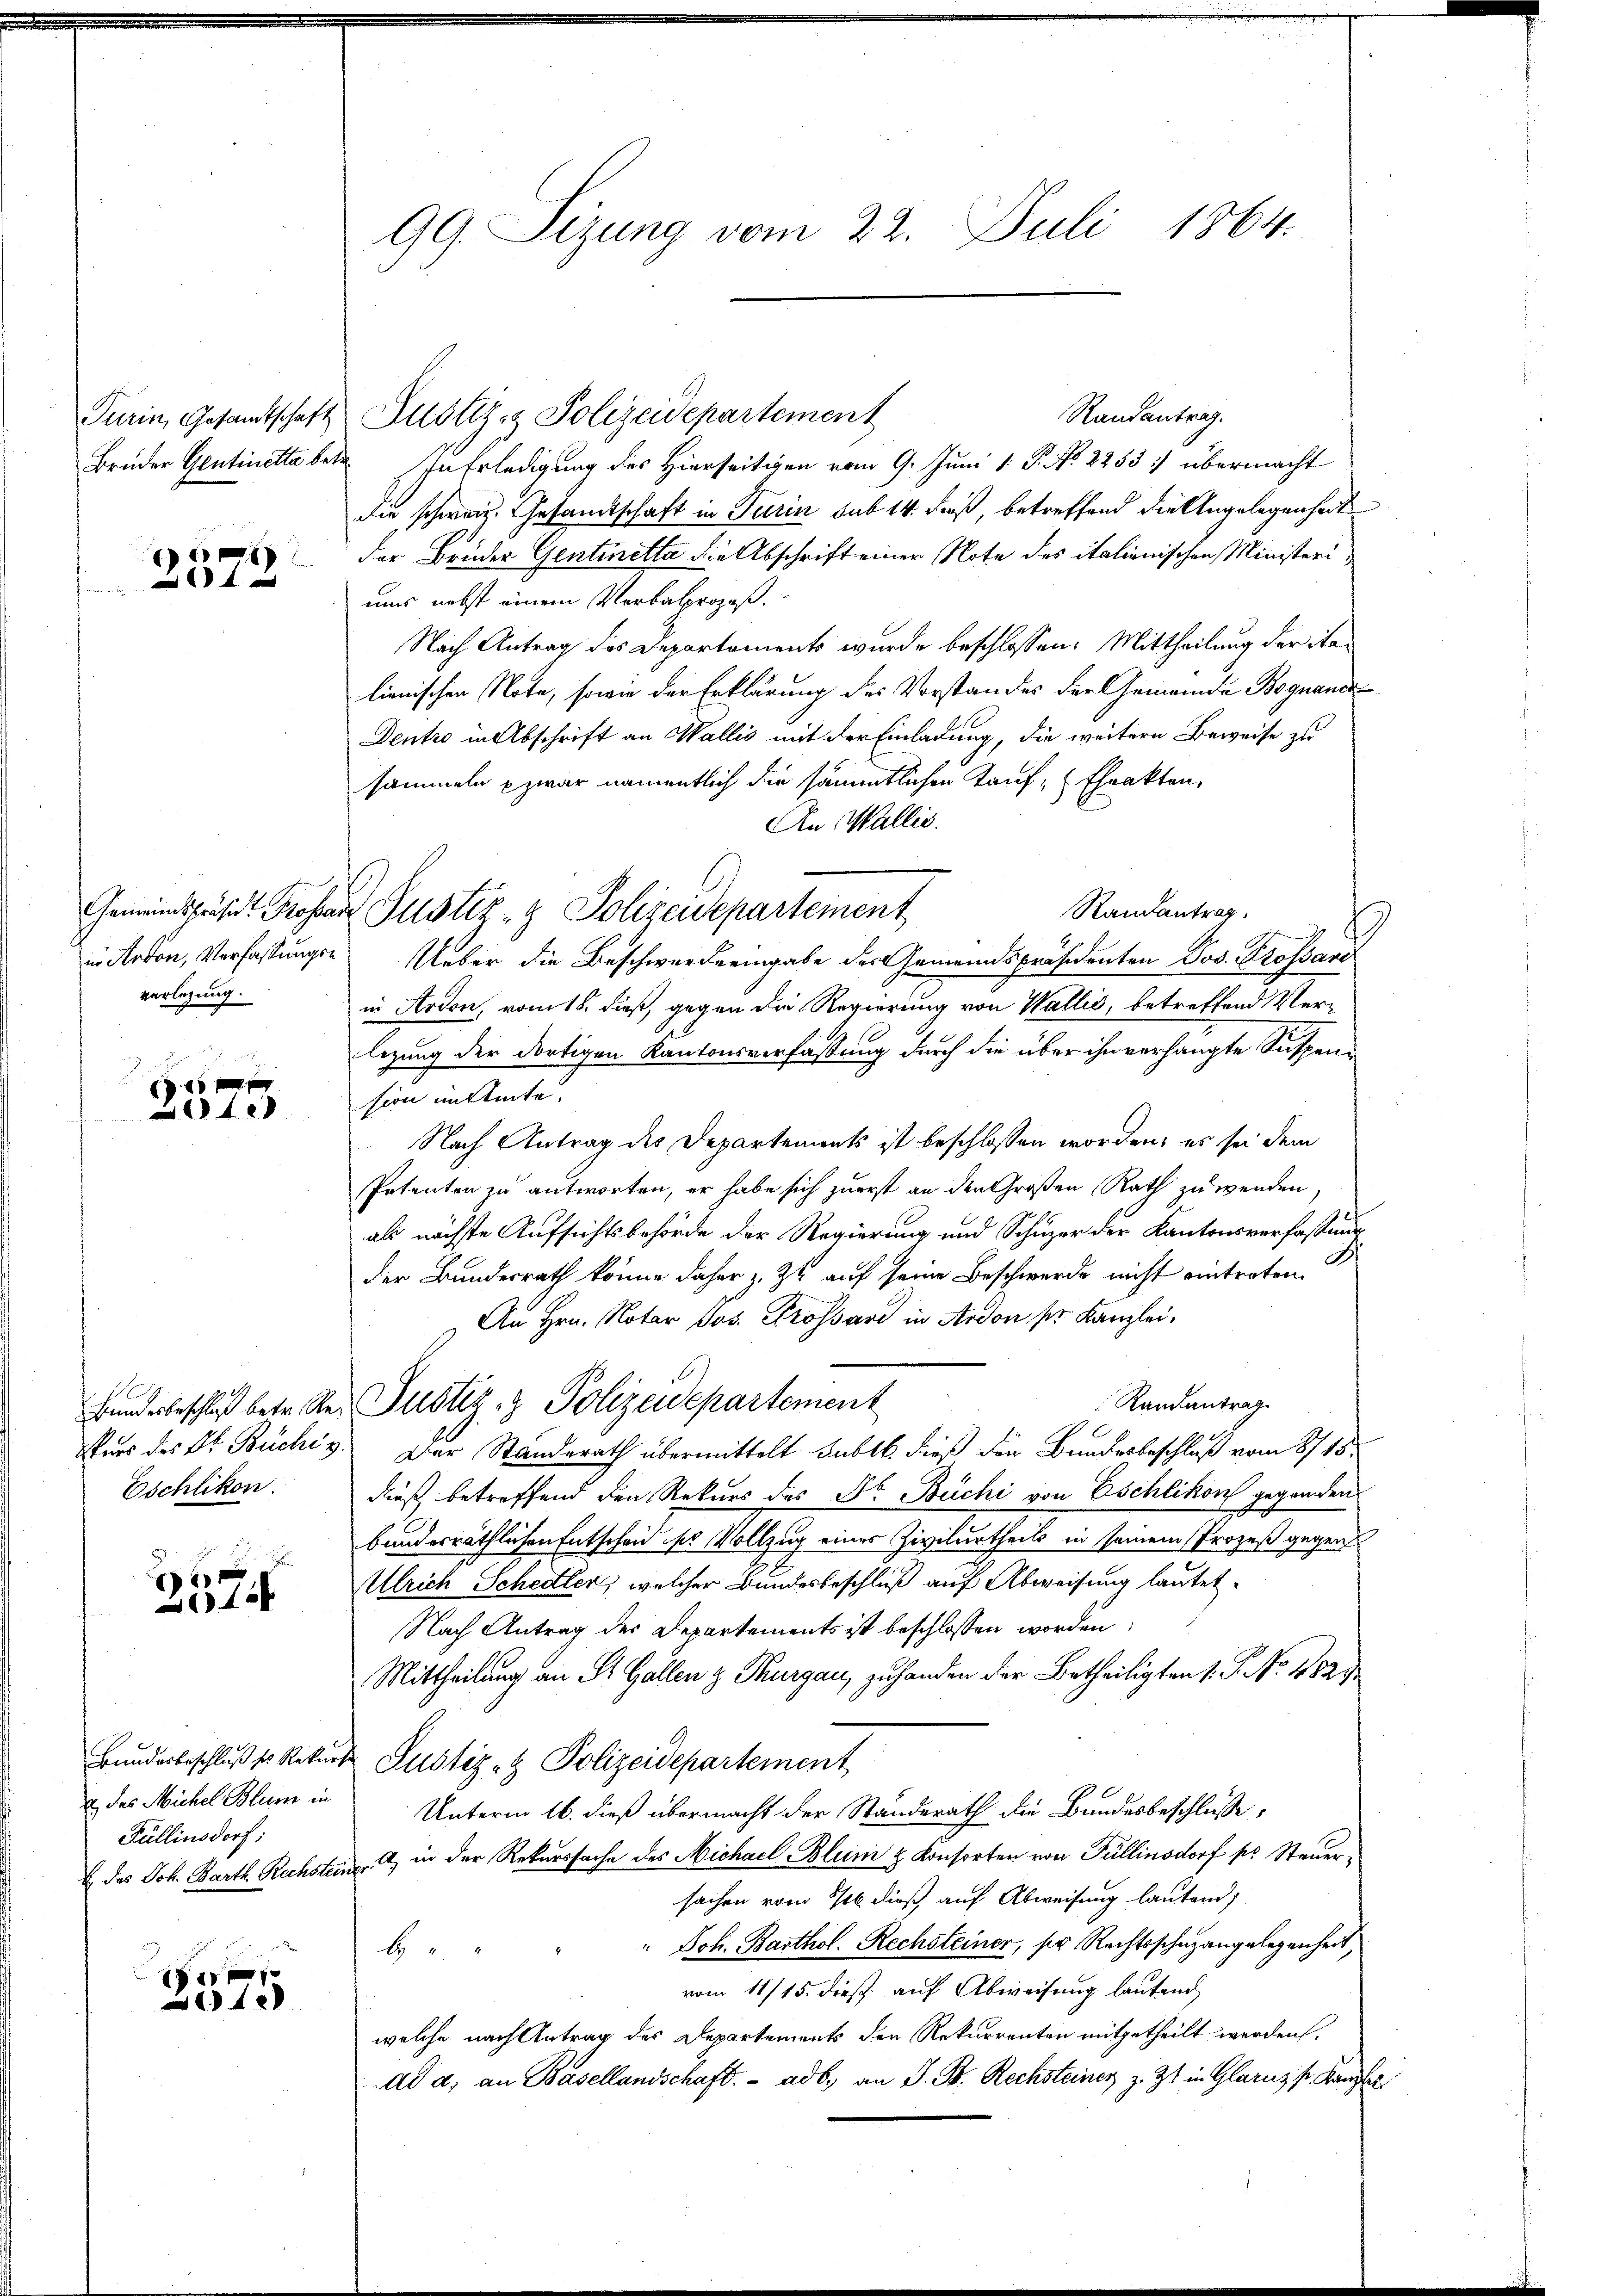
Turin, Gesamtschaft

x

Gemeindspräsid. Prosa.
in Arbon, Verfassungsverlegung.

x
140

Bundesbeschluß betr. Re
Kurs des Dr. Büchiz
Eschlikon.

¬

42

u. das Michel Blum in
Füllinsdorf;

1
420

99. Sizung vom 22. Juli 1864.

Randantrag.
Justiz- & Polizeidepartement
Brüder Gentinetta betr. In Erledigung des Hierseitigen vom 9. Juni 1 P. No. 2253: übermacht
die schweiz. Gesandtschaft in Turin sub 14. dieß, betreffend die Angelegenheit
der Brüder Gentiretta die Abschrift einer Note des italienischen Ministeriuns nebst einem Verbalprozeß.
Nach Antrag des Departaments wurde beschlossen: Mittheilung der Stalienischen Note, sowie der Erklärung des Vorstandes der Gemeinde Begnande
Dentro in Abschrift an Wallis mit der Einladung, die weitere Beweise zu
sammeln & zwar namentlich die sämmtlichen Kauf, (thrakten,
An Wallis.
Randantrag
 Justiz- & Polizeidepartement
Ueber die Beschwerdeeingabe des Gemeindspräsidenten Jos. Prossard
in Ardon, vom 18. dieß, gegen die Regierung von Wallis, betreffend Verlegung der dortigen Kantonsverfassung durch die über ihn verhängte Suspenn
sion anstente.
Nach Antrag des Departements ist beschlossen worden, es sei dem
Petenten zu antworten, er habe sich zuerst an den Großen Rath zuwenden
als nächste Aufsichtsbehörde der Regierung und Schuzer der Kantonsverfassung
A
der Bundesrath könne daher z. Zt. auf seine Beschwerde nicht eintreten.
An Hrn. Notar Jos. Prossard in Ardon pr. Kanzlei,
Randantrag
Justiz- & Polizeidepartement
3. Der Standerath übermittelt Sublb. dieß den Bundesbeschluß vom 8/18.
dieß betreffend den Rekurs des Dr. Büchi von Eschlikon gegenden
bundesräthlichen Entscheid ses Vollzug eines Zivilurtheils in seinem Prozeß gegen
Ulrich Schedler, welcher Bundesbeschluß auf Abweisung lautet.
Nach Antrag der Departements ist beschlossen worden:
Mittheilung an St. Gallen & Thurgau, zu handen der Betheiligten 1. P. No 4827
Bundesbeschluß er Rekurs Justiz- & Polizeidepartement,
Unterm 16. dieß übermacht der Standerath die Bandesbeschlüsse,
E des Joh. Barth. Rechsteine , in der Rekurssache des Michael Blum & Konsorten von Füllinsdorf pr. Steuersachen vom 8/16 dieß auf Abweisung lautend,
" Joh. Barthol. Rechsteiner, pr Rechtsschuzangelegenheit,
b
vom 11/15. dieß auf Abweisung lautend
welche nach Antrag des Departements den Rekurrenten mitgetheilt werden.
dd a) an Basellandschaft. ad b. an J. B. Rechsteiner z. Zt. in Glarus sr. Kanzle